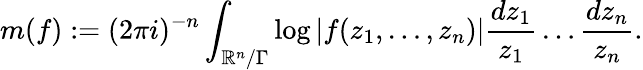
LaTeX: m(f):=(2\pi i)^{-n}\int_{\mathbb{R}^{n}/\Gamma}\log|f(z_{1},\dots,z_{n})|{\frac{dz_{1}}{z_{1}}}\dots{\frac{dz_{n}}{z_{n}}}.